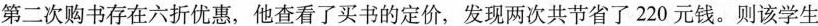
第二次购书存在六折优惠，他查看了买书的定价，发现两次共节省了220元钱。则该学生